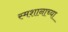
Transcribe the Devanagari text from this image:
स्मशानाच्या